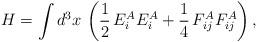
LaTeX: \begin{align*}H=\int d^3x\,\left(\frac{1}{2}\,E_i^AE_i^A+\frac{1}{4}\,F_{ij}^AF_{ij}^A\right),\end{align*}